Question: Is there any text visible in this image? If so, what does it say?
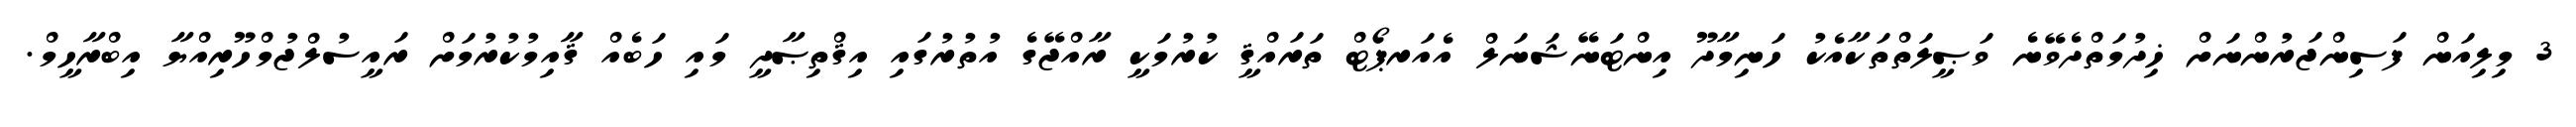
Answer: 3 މިލިއަން ފަސިންޖަރުންނަށް ޚިދުމަތްދެވޭނެ ވަޞީލަތްތަކާއެކު ހަނިމާދޫ އިންޓަނޭޝަނަލް އެއަރޕޯޓް ތަރައްޤީ ކުރުމަކީ ރާއްޖޭގެ އުތުރުގައި އިޤްތިޞާދީ މައި ހަބެއް ޤާއިމުކުރުމަށް ރައީސުލްޖުމްހޫރިއްޔާ އިބްރާހީމް.